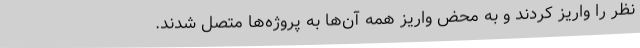
نظر را واریز کردند و به محض واریز همه آن‌ها به پروژه‌ها متصل شدند.